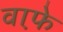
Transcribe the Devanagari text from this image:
वाफे़